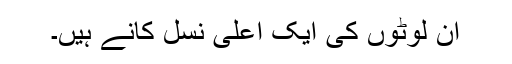
ان لوٹوں کی ایک اعلٰی نسل کانے ہیں۔